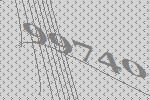
99740